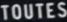
TOUTES